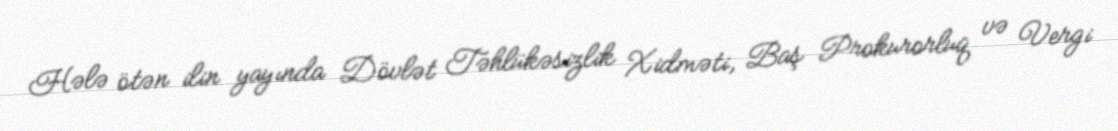
Hələ ötən ilin yayında Dövlət Təhlükəsizlik Xidməti, Baş Prokurorluq və Vergi